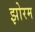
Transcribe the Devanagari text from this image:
झोरम